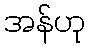
အန်ဟု